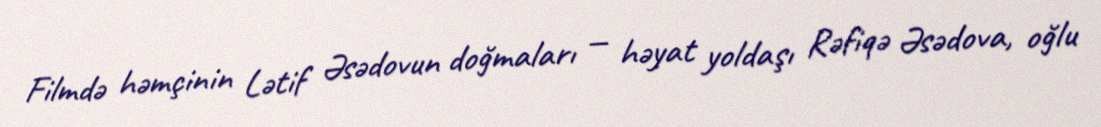
Filmdə həmçinin Lətif Əsədovun doğmaları — həyat yoldaşı Rəfiqə Əsədova, oğlu